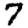
Digit: 7